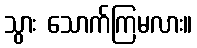
သွား သောက်ကြမလား။